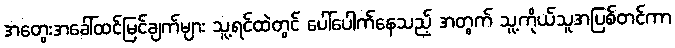
အတွေးအခေါ်ထင်မြင်ချက်များ သူ့ရင်ထဲတွင် ပေါ်ပေါက်နေသည့် အတွက် သူ့ကိုယ်သူအပြစ်တင်ကာ